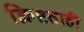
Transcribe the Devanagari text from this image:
क्लिष्टताही